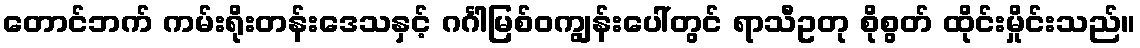
တောင်ဘက် ကမ်းရိုးတန်းဒေသနှင့် ဂင်္ဂါမြစ်ဝကျွန်းပေါ်တွင် ရာသီဥတု စိုစွတ် ထိုင်းမှိုင်းသည်။